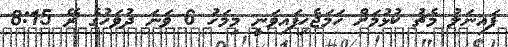
ފައިނަލު މެޗު ކުޅުމަށް ހަމަޖެހިފައިވަނީ މިމަހު 6 ވަނަ ދުވަހުގެ ރޭ 8:15